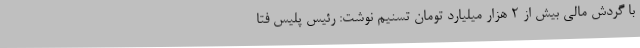
با گردش مالی بیش از ۲ هزار میلیارد تومان تسنیم نوشت: رئیس پلیس فتا